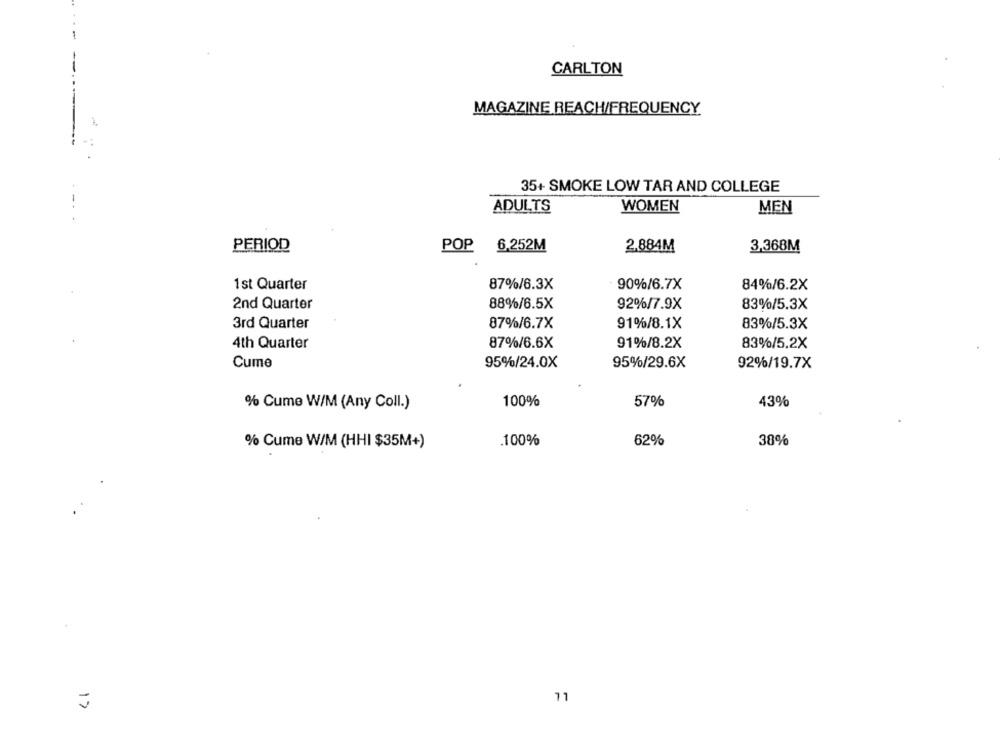
CARLTON
MAGAZINE REACH/FREQUENCY
35+ SMOKE LOW TAR AND COLLEGE
ADULTS
WOMEN
MEN
PERIOD
POP
6.252M
2.884M
3,368M
90%/6.7X
1st Quarter
87%/6.3X
84%/6.2X
2nd Quarter
88%/6.5X
92%/7.9X
83%/5.3X
3rd Quarter
87%/6.7X
91%/8.1X
83%/5.3X
4th Quarter
87%/6.6X
91%/8.2X
83%/5.2X
Cume
95%/24.0X
95%/29.6X
92%/19.7X
% Cume W/M (Any Coll.)
100%
57%
43%
.100%
62%
38%
% Cume W/M (HHI $35M+)
17
11